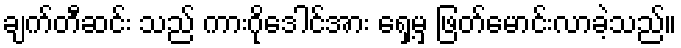
ချက်တီဆင်း သည် ကားဂိုဒေါင်အား ရှေ့မှ ဖြတ်မောင်းလာခဲ့သည်။